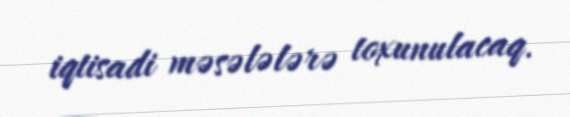
iqtisadi məsələlərə toxunulacaq.